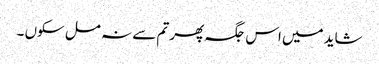
شاید میں اس جگہ پھر تم سے نہ مل سکوں ۔